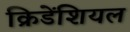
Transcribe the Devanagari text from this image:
क्रिडेंशियल